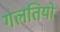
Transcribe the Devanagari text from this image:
गलतियों